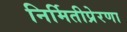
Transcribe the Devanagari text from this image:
निर्मितीप्रेरणा